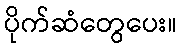
ပိုက်ဆံတွေပေး။